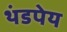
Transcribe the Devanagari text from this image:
थंडपेय